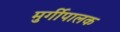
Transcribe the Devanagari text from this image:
मुर्गीपालक